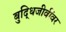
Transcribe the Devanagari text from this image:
बुद्धिजीवींवर